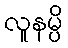
လူနမ္ပိ